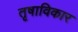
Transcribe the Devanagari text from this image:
तृषाविकार